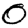
Digit: 0